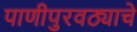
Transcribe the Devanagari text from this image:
पाणीपुरवठ्याचे